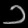
Digit: ၁